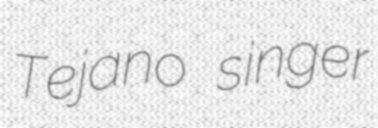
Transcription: Tejano singer